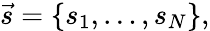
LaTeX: \vec{s}=\left\{ s_{1},\dots,s_{N}\right\} ,